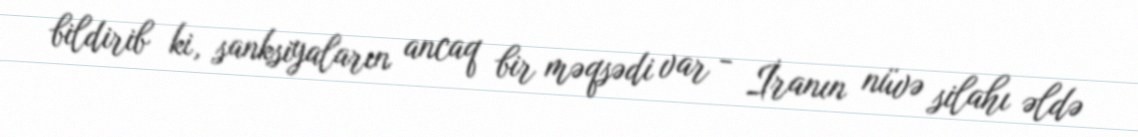
bildirib ki, sanksiyaların ancaq bir məqsədi var - İranın nüvə silahı əldə